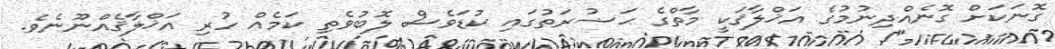
ގޮނަކަށް ގޮނެއްދިނުމުގެ އަޚްލާޤަކީ މާތްގެ ޙަޟުރަތުގައި ކުޑަވެސް ލޮބުވެތި ކަމެއް ހުރި އަޚްލާޤެއްނޫނެވެ.